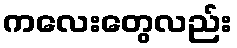
ကလေးတွေလည်း